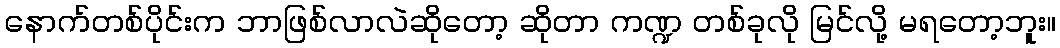
နောက်တစ်ပိုင်းက ဘာဖြစ်လာလဲဆိုတော့ ဆိုတာ ကဏ္ဍ တစ်ခုလို မြင်လို့ မရတော့ဘူး။